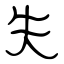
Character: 失